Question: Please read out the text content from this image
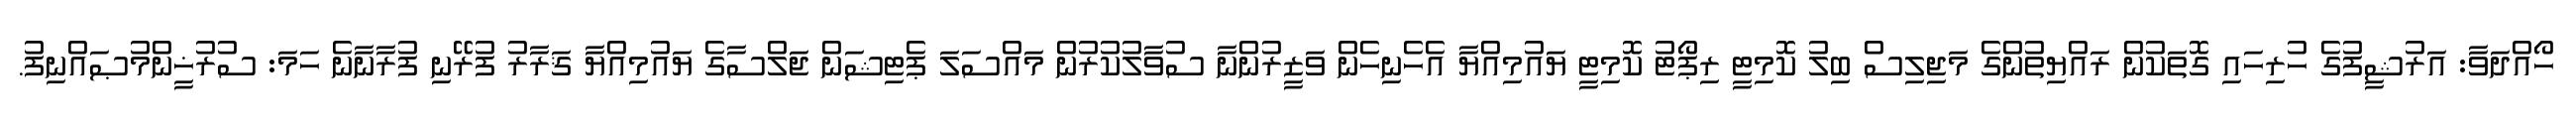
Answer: ހޯއްދަވާ: އަރުޝީފުގެ ހުރިހައި ގޮތަކުން ރައްޔިތުންގެ މަޖިލިސް ބިލު ކޮމިޓީ ރިޕޯޓު ކޮމިޓީ ޔައުމިއްޔާ އެހެނިހެން ވަޒީރުންނާ ސުވާލުކުރުން މައްސަލަ ޕެޓިޝަން ޖަލްސާގެ ޔައުމިއްޔާ ޤަރާރު ފުރޭނި ފުރާނާނެ ހަމަ: ސުރުޚީންމުޞައްނިފު.